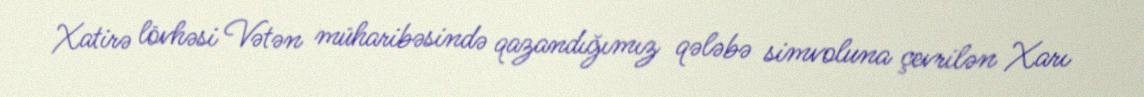
Xatirə lövhəsi Vətən müharibəsində qazandığımız qələbə simvoluna çevrilən Xarı